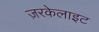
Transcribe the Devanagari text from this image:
ज़रकेलाइट